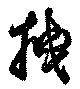
拽